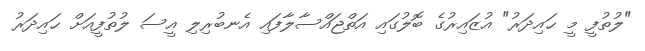
"ލުތުފީ މީ ޙައިދަރު" އުޒައިރުގެ ބޮލުގައި އަތްޖައްސާލާފައި އެނބުރިލި އީސަ ލުތުފީއަށް ޙައިދަރު